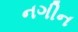
નગીન